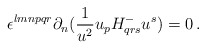
\begin{align*}\epsilon^{lmnpqr}\partial_n({1\over{u^2}}u_p H^-_{qrs}u^s)=0\, .\end{align*}